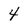
Character: 4